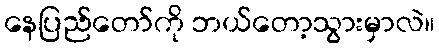
နေပြည်တော်ကို ဘယ်တော့သွားမှာလဲ။